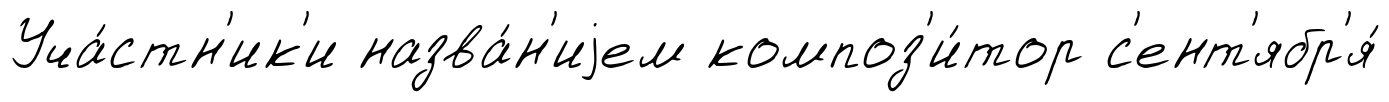
Уча́стн'ик'и назва́н'иjем композ'и́тор с'ент'ябр'я́